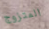
المتزوج